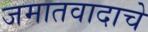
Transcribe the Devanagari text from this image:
जमातवादाचे